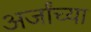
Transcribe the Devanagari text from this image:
अर्जांच्या